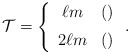
\begin{align*}\mathcal{T} = \left\{ \begin{array}{cl} \ell m & () \vrule width 0pt height 0pt depth 10pt\\ 2\ell m & () \end{array}\right. .\end{align*}